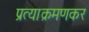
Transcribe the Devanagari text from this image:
प्रत्याक्रमणकर